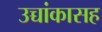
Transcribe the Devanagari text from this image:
उच्चांकासह